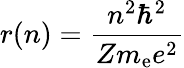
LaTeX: r(n)={\frac{n^{2}\hbar^{2}}{Zm_{\mathrm{{e}}}e^{2}}}